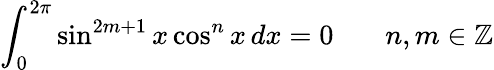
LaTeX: \int_{0}^{2\pi}\sin^{2m+1}{x}\cos^{n}{x}\, dx=0\! \qquad n,m\in\mathbb{Z}